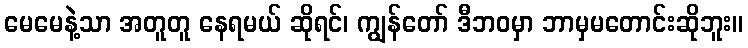
မေမေနဲ့သာ အတူတူ နေရမယ် ဆိုရင်၊ ကျွန်တော် ဒီဘဝမှာ ဘာမှမတောင်းဆိုဘူး။